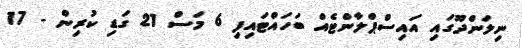
ނިލަންދޫގައި އައިސްޕްލާންޓެއް ބަހައްޓައިފި 6 މަސް 21 ގަޑި ކުރިން - 17